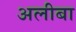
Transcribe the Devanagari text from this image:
अलीबा